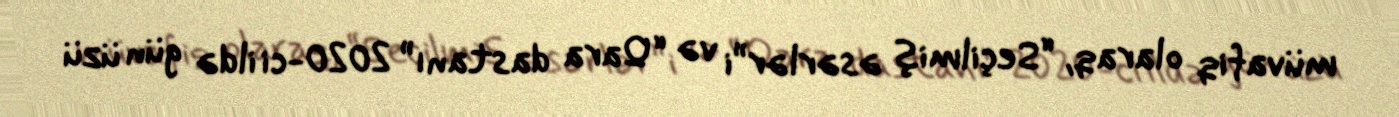
müvafiq olaraq, “Seçilmiş əsərlər”i və “Qara dastanı” 2020-ci ildə gün üzü